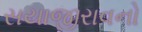
સયાજીરાવનો